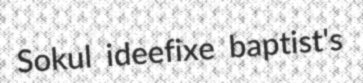
Sokul ideefixe baptist's